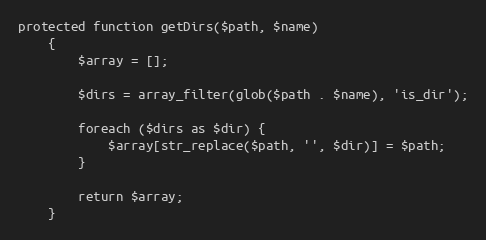
Language: PHP
protected function getDirs($path, $name)
    {
        $array = [];

        $dirs = array_filter(glob($path . $name), 'is_dir');

        foreach ($dirs as $dir) {
            $array[str_replace($path, '', $dir)] = $path;
        }

        return $array;
    }